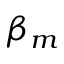
\beta _ { m }